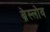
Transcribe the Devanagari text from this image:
ब्रेस्लोव